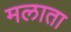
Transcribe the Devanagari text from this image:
मलाता